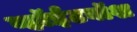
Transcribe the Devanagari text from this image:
व्हॉईटवॉश